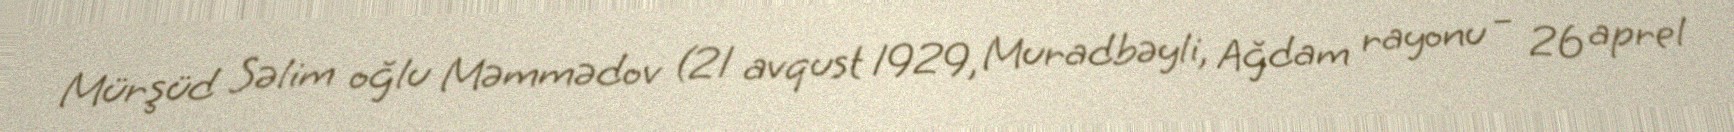
Mürşüd Səlim oğlu Məmmədov (21 avqust 1929, Muradbəyli, Ağdam rayonu – 26 aprel